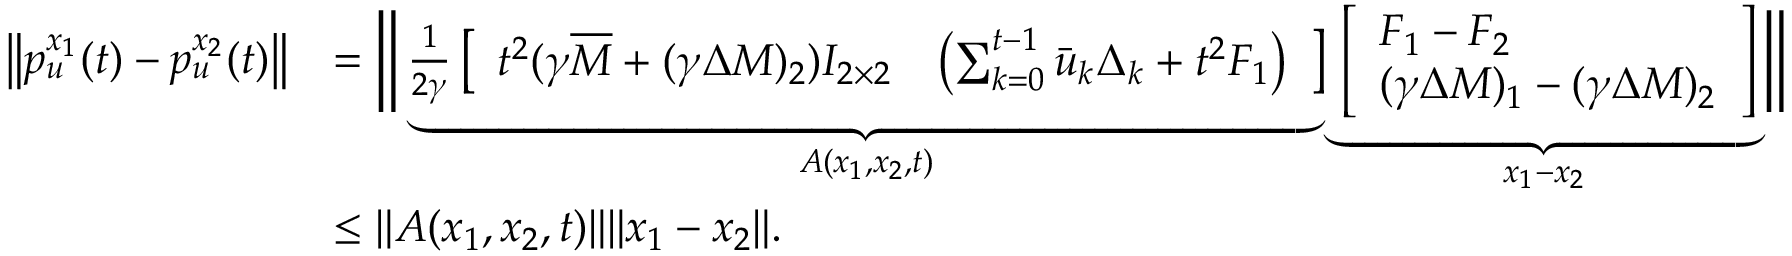
\begin{array} { r l } { \left\| p _ { u } ^ { x _ { 1 } } ( t ) - p _ { u } ^ { x _ { 2 } } ( t ) \right\| } & { = \bigg \| \underbrace { \frac { 1 } { 2 \gamma } \left[ \begin{array} { l l } { t ^ { 2 } ( \gamma \overline { { M } } + ( \gamma \Delta M ) _ { 2 } ) I _ { 2 \times 2 } } & { \left( \sum _ { k = 0 } ^ { t - 1 } \bar { u } _ { k } \Delta _ { k } + t ^ { 2 } F _ { 1 } \right) } \end{array} \right] } _ { A ( x _ { 1 } , x _ { 2 } , t ) } \underbrace { \left[ \begin{array} { l } { F _ { 1 } - F _ { 2 } } \\ { ( \gamma \Delta M ) _ { 1 } - ( \gamma \Delta M ) _ { 2 } } \end{array} \right] } _ { x _ { 1 } - x _ { 2 } } \bigg \| } \\ & { \leq \| A ( x _ { 1 } , x _ { 2 } , t ) \| \| x _ { 1 } - x _ { 2 } \| . } \end{array}